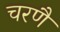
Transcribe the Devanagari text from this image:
चरणै